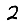
Digit: 2